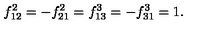
f _ { 1 2 } ^ { 2 } = - f _ { 2 1 } ^ { 2 } = f _ { 1 3 } ^ { 3 } = - f _ { 3 1 } ^ { 3 } = 1 .